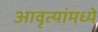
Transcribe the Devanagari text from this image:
आवृत्यांमध्ये